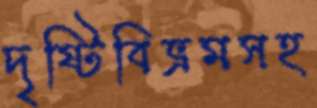
দৃষ্টিবিভ্রমসহ